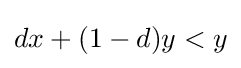
dx+(1-d)y<y